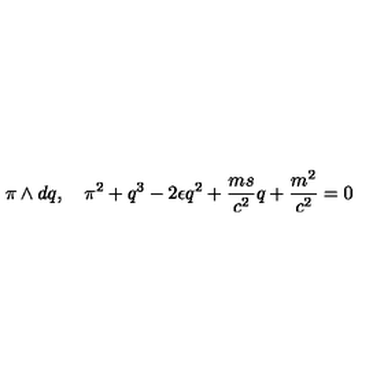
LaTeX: \pi \wedge d q , \quad \pi ^ { 2 } + q ^ { 3 } - 2 \epsilon q ^ { 2 } + \frac { m s } { c ^ { 2 } } q + \frac { m ^ { 2 } } { c ^ { 2 } } = 0